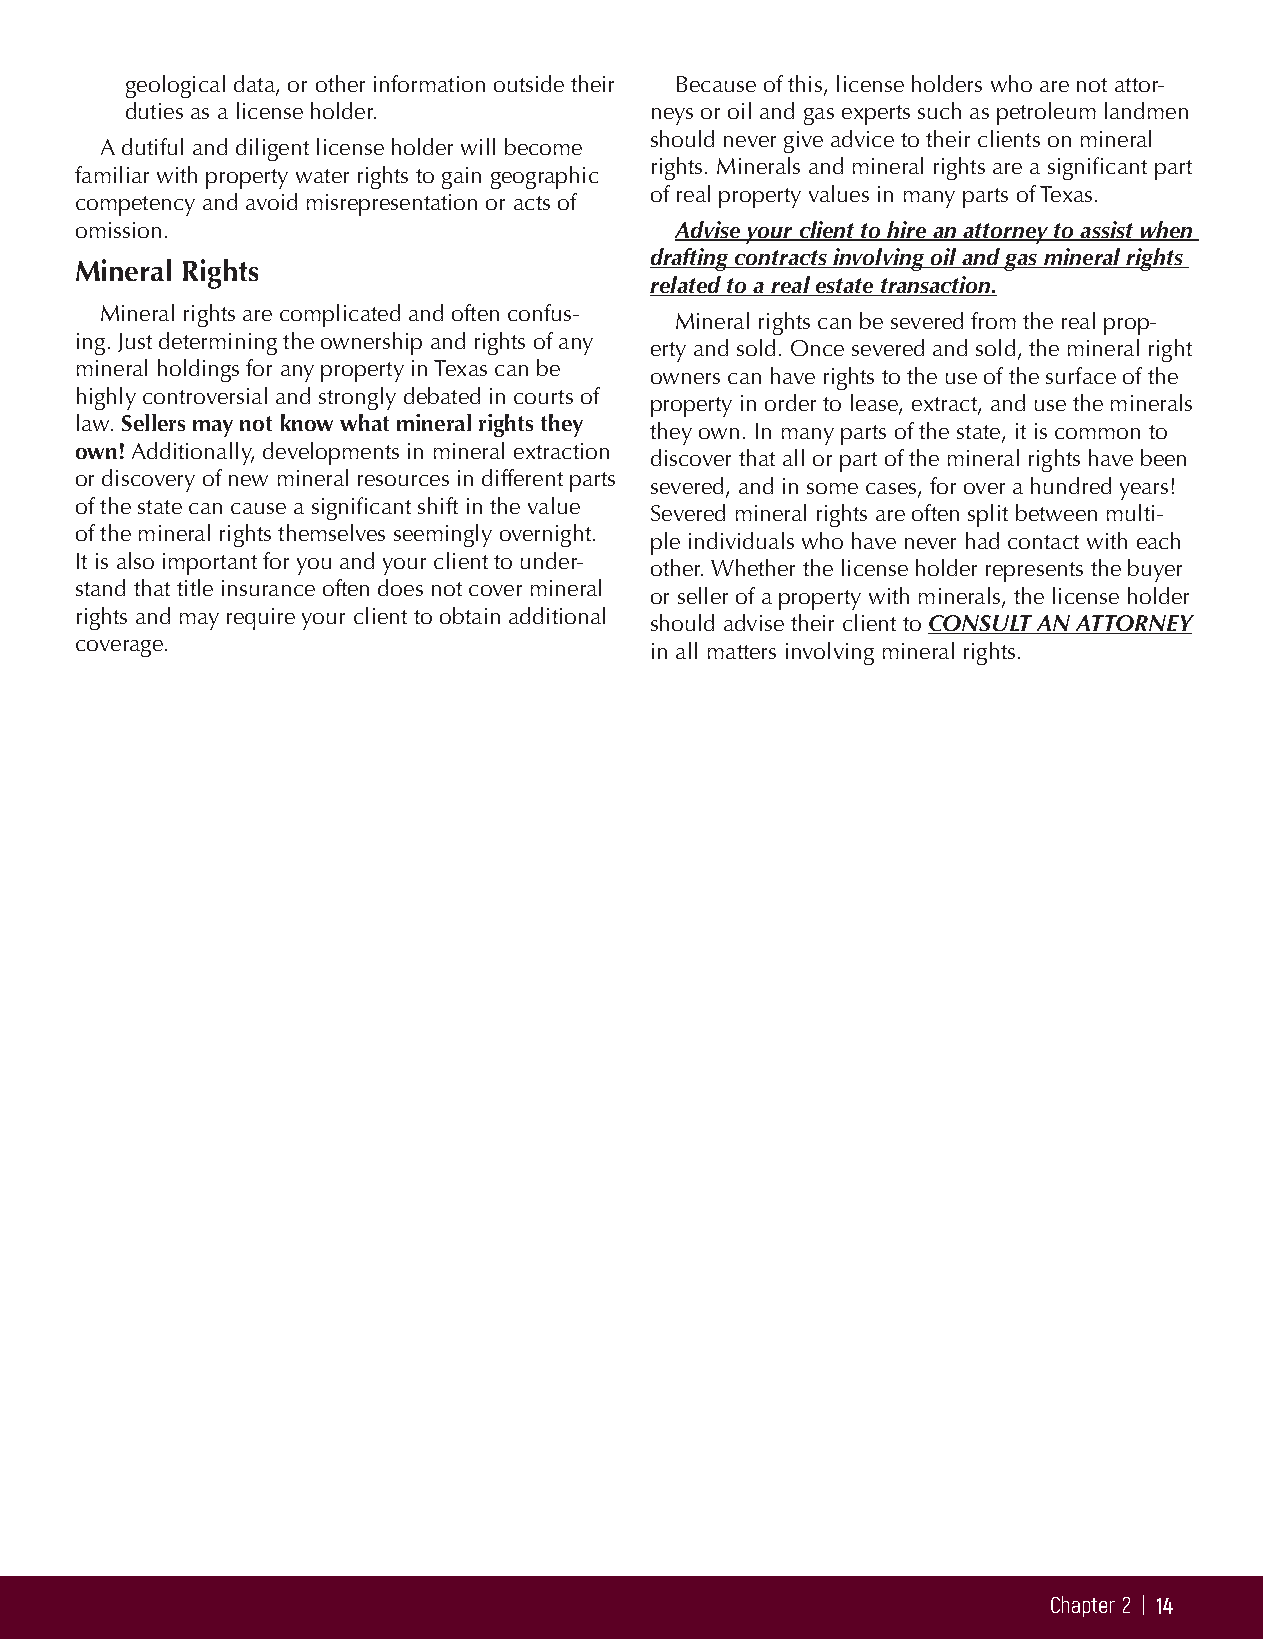
geological data, or other information outside their Because of this, license holders who are not attor-
 duties as a license holder.        neys or oil and gas experts such as petroleum landmen
 should never give advice to their clients on mineral
 A dutiful and diligent license holder will become
 rights. Minerals and mineral rights are a significant part
 familiar with property water rights to gain geographic
 of real property values in many parts of Texas.
 competency and avoid misrepresentation or acts of
 omission.                               Advise your client to hire an attorney to assist when
 drafting contracts involving oil and gas mineral rights
 Mineral Rights
 related to a real estate transaction.
 Mineral rights are complicated and often confus-
 Mineral rights can be severed from the real prop-
 ing. Just determining the ownership and rights of any
 erty and sold. Once severed and sold, the mineral right
 mineral holdings for any property in Texas can be
 owners can have rights to the use of the surface of the
 highly controversial and strongly debated in courts of
 property in order to lease, extract, and use the minerals
 law. Sellers may not know what mineral rights they
 they own. In many parts of the state, it is common to
 own! Additionally, developments in mineral extraction
 discover that all or part of the mineral rights have been
 or discovery of new mineral resources in different parts
 severed, and in some cases, for over a hundred years!
 of the state can cause a significant shift in the value
 Severed mineral rights are often split between multi-
 of the mineral rights themselves seemingly overnight.
 ple individuals who have never had contact with each
 It is also important for you and your client to under-
 other. Whether the license holder represents the buyer
 stand that title insurance often does not cover mineral
 or seller of a property with minerals, the license holder
 rights and may require your client to obtain additional
 should advise their client to CONSULT AN ATTORNEY
 coverage.
 in all matters involving mineral rights.
 Chapter 2 | 14